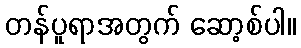
တန်ပူရာအတွက် ဆော့စ်ပါ။